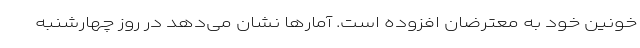
خونین خود به معترضان افزوده است. آمارها نشان می‌دهد در روز چهارشنبه